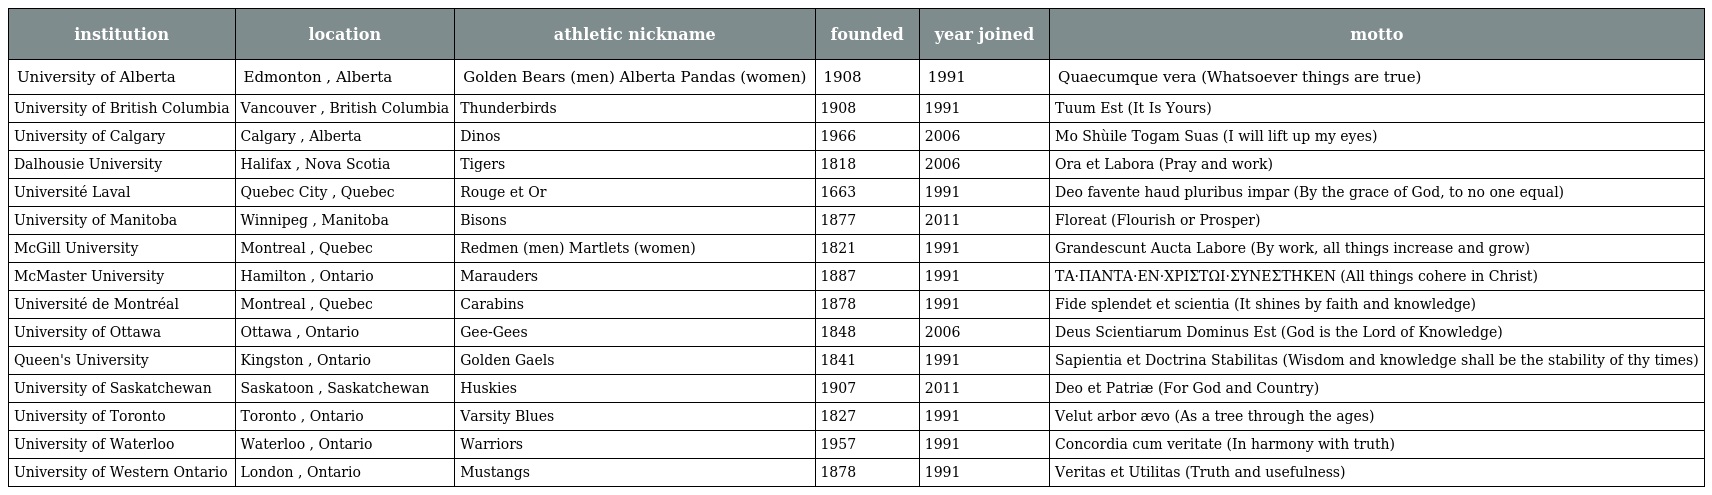
| institution | location | athletic nickname | founded | year joined | motto |
 | --- | --- | --- | --- | --- | --- |
 | University of Alberta | Edmonton , Alberta | Golden Bears (men) Alberta Pandas (women) | 1908 | 1991 | Quaecumque vera (Whatsoever things are true) |
 | University of British Columbia | Vancouver , British Columbia | Thunderbirds | 1908 | 1991 | Tuum Est (It Is Yours) |
 | University of Calgary | Calgary , Alberta | Dinos | 1966 | 2006 | Mo Shùile Togam Suas (I will lift up my eyes) |
 | Dalhousie University | Halifax , Nova Scotia | Tigers | 1818 | 2006 | Ora et Labora (Pray and work) |
 | Université Laval | Quebec City , Quebec | Rouge et Or | 1663 | 1991 | Deo favente haud pluribus impar (By the grace of God, to no one equal) |
 | University of Manitoba | Winnipeg , Manitoba | Bisons | 1877 | 2011 | Floreat (Flourish or Prosper) |
 | McGill University | Montreal , Quebec | Redmen (men) Martlets (women) | 1821 | 1991 | Grandescunt Aucta Labore (By work, all things increase and grow) |
 | McMaster University | Hamilton , Ontario | Marauders | 1887 | 1991 | ΤΑ·ΠΑΝΤΑ·ΕΝ·ΧΡΙΣΤΩΙ·ΣΥΝΕΣΤΗΚΕΝ (All things cohere in Christ) |
 | Université de Montréal | Montreal , Quebec | Carabins | 1878 | 1991 | Fide splendet et scientia (It shines by faith and knowledge) |
 | University of Ottawa | Ottawa , Ontario | Gee-Gees | 1848 | 2006 | Deus Scientiarum Dominus Est (God is the Lord of Knowledge) |
 | Queen's University | Kingston , Ontario | Golden Gaels | 1841 | 1991 | Sapientia et Doctrina Stabilitas (Wisdom and knowledge shall be the stability of thy times) |
 | University of Saskatchewan | Saskatoon , Saskatchewan | Huskies | 1907 | 2011 | Deo et Patriæ (For God and Country) |
 | University of Toronto | Toronto , Ontario | Varsity Blues | 1827 | 1991 | Velut arbor ævo (As a tree through the ages) |
 | University of Waterloo | Waterloo , Ontario | Warriors | 1957 | 1991 | Concordia cum veritate (In harmony with truth) |
 | University of Western Ontario | London , Ontario | Mustangs | 1878 | 1991 | Veritas et Utilitas (Truth and usefulness) |